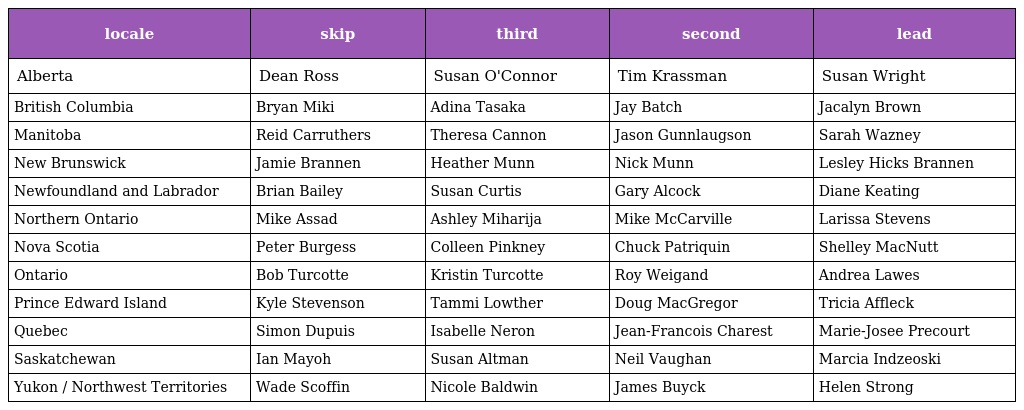
| locale | skip | third | second | lead |
 | --- | --- | --- | --- | --- |
 | Alberta | Dean Ross | Susan O'Connor | Tim Krassman | Susan Wright |
 | British Columbia | Bryan Miki | Adina Tasaka | Jay Batch | Jacalyn Brown |
 | Manitoba | Reid Carruthers | Theresa Cannon | Jason Gunnlaugson | Sarah Wazney |
 | New Brunswick | Jamie Brannen | Heather Munn | Nick Munn | Lesley Hicks Brannen |
 | Newfoundland and Labrador | Brian Bailey | Susan Curtis | Gary Alcock | Diane Keating |
 | Northern Ontario | Mike Assad | Ashley Miharija | Mike McCarville | Larissa Stevens |
 | Nova Scotia | Peter Burgess | Colleen Pinkney | Chuck Patriquin | Shelley MacNutt |
 | Ontario | Bob Turcotte | Kristin Turcotte | Roy Weigand | Andrea Lawes |
 | Prince Edward Island | Kyle Stevenson | Tammi Lowther | Doug MacGregor | Tricia Affleck |
 | Quebec | Simon Dupuis | Isabelle Neron | Jean-Francois Charest | Marie-Josee Precourt |
 | Saskatchewan | Ian Mayoh | Susan Altman | Neil Vaughan | Marcia Indzeoski |
 | Yukon / Northwest Territories | Wade Scoffin | Nicole Baldwin | James Buyck | Helen Strong |